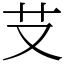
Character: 𦫿